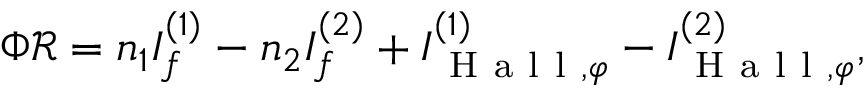
\Phi \mathcal { R } = n _ { 1 } I _ { f } ^ { ( 1 ) } - n _ { 2 } I _ { f } ^ { ( 2 ) } + I _ { \mathrm { ~ H ~ a ~ l ~ l ~ } , \varphi } ^ { ( 1 ) } - I _ { \mathrm { ~ H ~ a ~ l ~ l ~ } , \varphi } ^ { ( 2 ) } ,